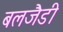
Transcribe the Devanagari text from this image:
बलजैडी